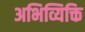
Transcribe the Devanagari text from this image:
अभिव्यिक्ति